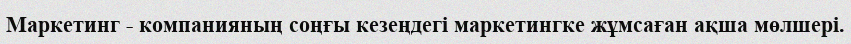
Маркетинг - компанияның соңғы кезеңдегі маркетингке жұмсаған ақша мөлшері.